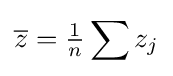
{\overline {z}}={\tfrac {1}{n}}\sum z_{j}